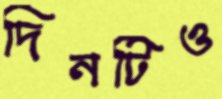
দিনটিও